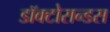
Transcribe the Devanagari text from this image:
डॉक्टोरान्डस